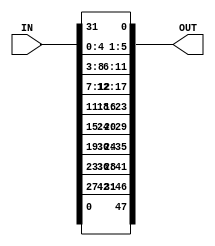
`timescale 1ns / 1ps

module Expansion_Dbox(output reg [1:48] OUT, input [1:32] IN );


always @(IN)
    begin 
        OUT[01] <= IN[32];
        OUT[02] <= IN[01];
        OUT[03] <= IN[02];
        OUT[04] <= IN[03];
        OUT[05] <= IN[04];
        OUT[06] <= IN[05];
        
        OUT[07] <= IN[04];
        OUT[08] <= IN[05];
        OUT[09] <= IN[06];
        OUT[10] <= IN[07];
        OUT[11] <= IN[08];
        OUT[12] <= IN[09];
        
        OUT[13] <= IN[08];
        OUT[14] <= IN[09];
        OUT[15] <= IN[10];
        OUT[16] <= IN[11];
        OUT[17] <= IN[12];
        OUT[18] <= IN[13];
        
        OUT[19] <= IN[12];
        OUT[20] <= IN[13];
        OUT[21] <= IN[14];
        OUT[22] <= IN[15];
        OUT[23] <= IN[16];
        OUT[24] <= IN[17];
        
        OUT[25] <= IN[16];
        OUT[26] <= IN[17];
        OUT[27] <= IN[18];
        OUT[28] <= IN[19];
        OUT[29] <= IN[20];
        OUT[30] <= IN[21];
        
        OUT[31] <= IN[20];
        OUT[32] <= IN[21];
        OUT[33] <= IN[22];
        OUT[34] <= IN[23];
        OUT[35] <= IN[24];
        OUT[36] <= IN[25];
        
        OUT[37] <= IN[24];
        OUT[38] <= IN[25];
        OUT[39] <= IN[26];
        OUT[40] <= IN[27];
        OUT[41] <= IN[28];
        OUT[42] <= IN[29];
        
        OUT[43] <= IN[28];
        OUT[44] <= IN[29];
        OUT[45] <= IN[30];
        OUT[46] <= IN[31];
        OUT[47] <= IN[32];
        OUT[48] <= IN[01];
        
    end
endmodule